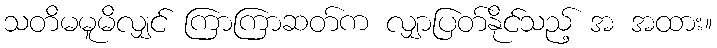
သတိမမူမိလျှင် ကြာကြာဆတ်က လျှာပြတ်နိုင်သည့် အ အထား။